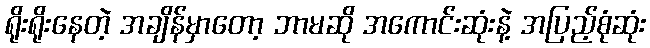
ရိုးရိုးနေတဲ့ အချိန်မှာတော့ ဘာမဆို အကောင်းဆုံးနဲ့ အပြည့်စုံဆုံး